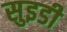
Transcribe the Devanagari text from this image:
सुइडी